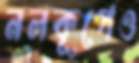
নলকূপেও